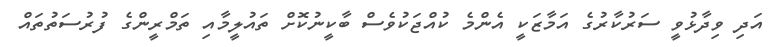
އަދި ވިދާޅުވީ ސަރުކާރުގެ އަމާޒަކީ އެންމެ ކުއްޖަކުވެސް ބާކީނުކޮށް ތައުލީމާއި ތަމްރީންގެ ފުރުސަތުތައް